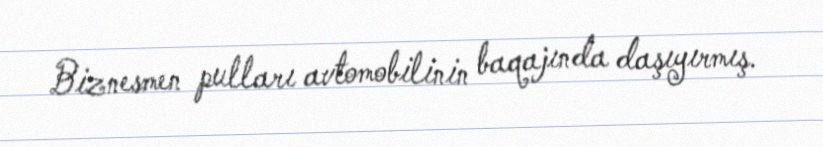
Biznesmen pulları avtomobilinin baqajında daşıyırmış.